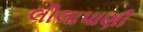
લીલાપાણી